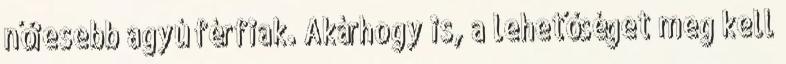
nőiesebb agyú férfiak. Akárhogy is, a lehetőséget meg kell